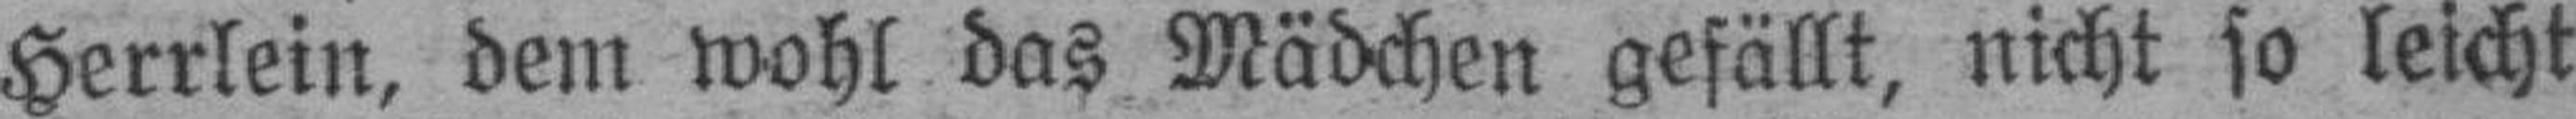
Herrlein, dem wohl das Mädchen gefällt, nicht so leicht